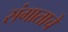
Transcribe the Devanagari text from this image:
संगाताचे